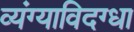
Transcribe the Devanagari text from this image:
व्यंग्याविदग्धा